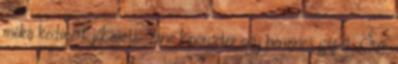
móka kedvéért jól esett esne kipörgetni egy benzines gépet. Szó